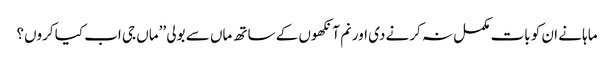
ماہا نے ان کو بات مکمل نہ کرنے دی اور نم آنکھوں کے ساتھ ماں سے بولی ’’ماں جی اب کیا کروں؟